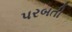
પરબતી